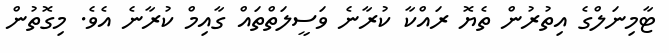
ޓާމިނަލްގެ އިތުރުން ތެޔޮ ރައްކާ ކުރާނެ ވަސީލަތްތައް ގާއިމް ކުރާނެ އެވެ. މިގޮތުން